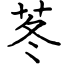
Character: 苳